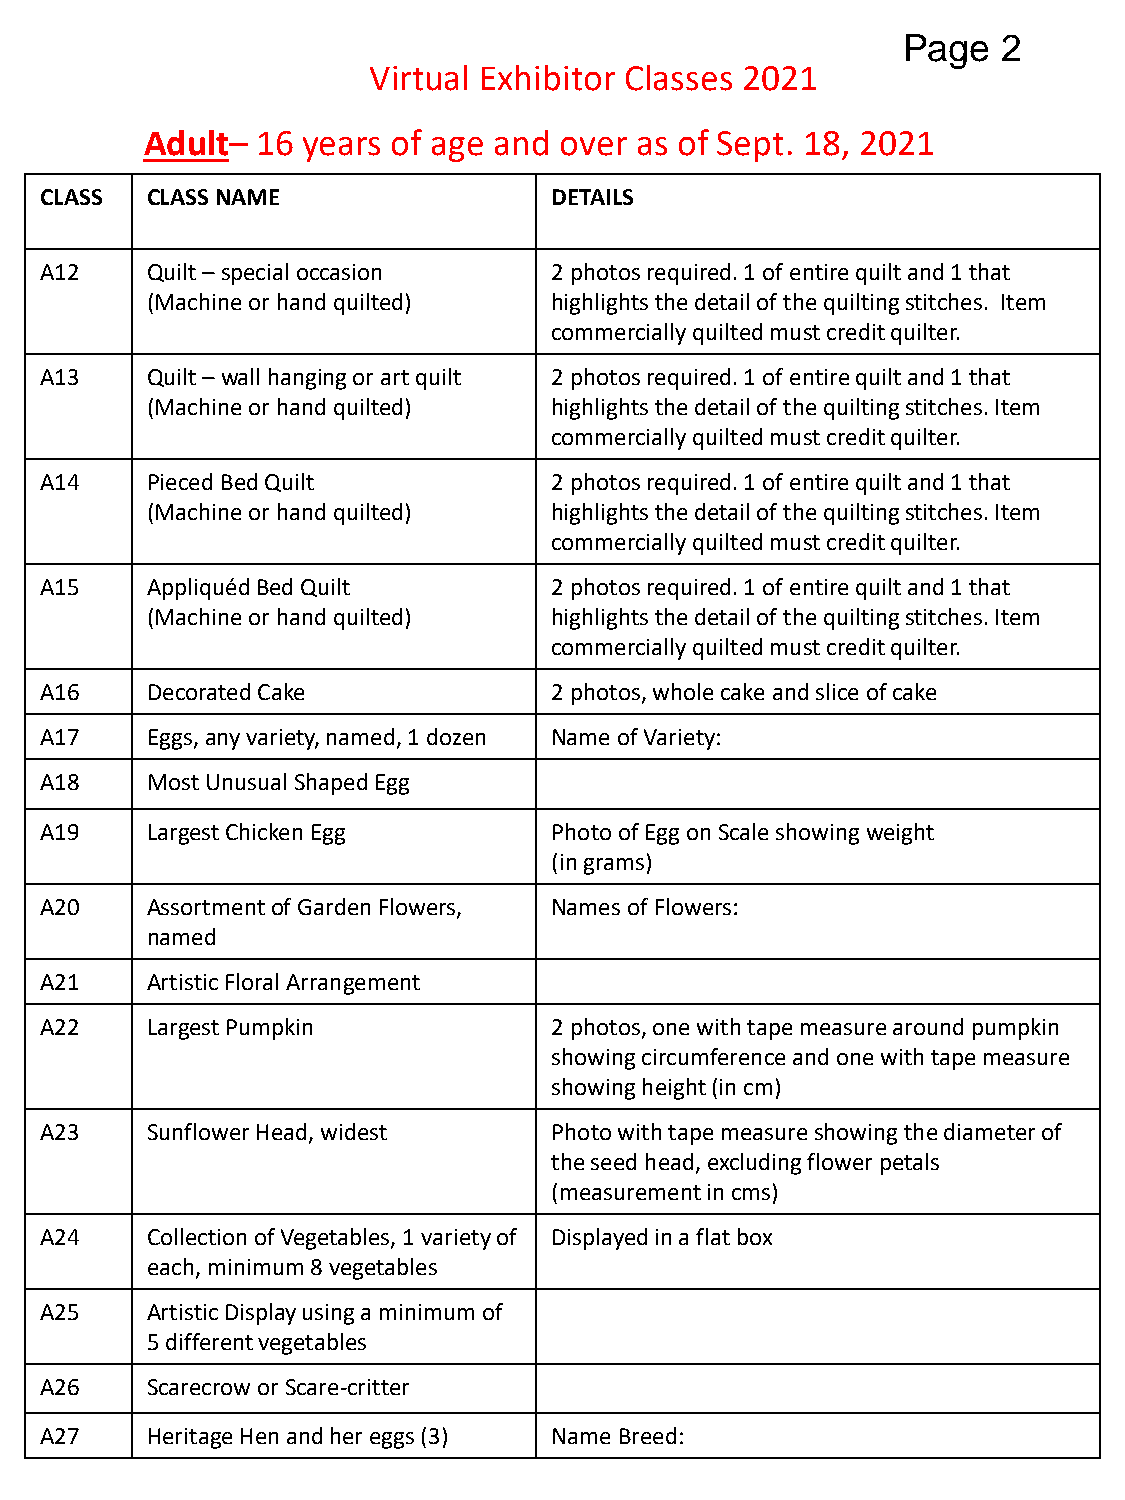
Page  2
 Virtual Exhibitor Classes 2021
 Adult– 16 years of age and over as of Sept. 18, 2021
 CLASS  CLASS NAME                DETAILS
 A12    Quilt – special occasion  2 photos required. 1 of entire quilt and 1 that
 (Machine or hand quilted) highlights the detail of the quilting stitches. Item
 commercially quilted must credit quilter.
 A13    Quilt – wall hanging or art quilt 2 photos required. 1 of entire quilt and 1 that
 (Machine or hand quilted) highlights the detail of the quilting stitches. Item
 commercially quilted must credit quilter.
 A14    Pieced Bed Quilt          2 photos required. 1 of entire quilt and 1 that
 (Machine or hand quilted) highlights the detail of the quilting stitches. Item
 commercially quilted must credit quilter.
 A15    Appliquéd Bed Quilt       2 photos required. 1 of entire quilt and 1 that
 (Machine or hand quilted) highlights the detail of the quilting stitches. Item
 commercially quilted must credit quilter.
 A16    Decorated Cake            2 photos, whole cake and slice of cake
 A17    Eggs, any variety, named, 1 dozen Name of Variety:
 A18    Most Unusual Shaped Egg
 A19    Largest Chicken Egg       Photo of Egg on Scale showing weight
 (in grams)
 A20    Assortment of Garden Flowers, Names of Flowers:
 named
 A21    Artistic Floral Arrangement
 A22    Largest Pumpkin           2 photos, one with tape measure around pumpkin
 showing circumference and one with tape measure
 showing height (in cm)
 A23    Sunflower Head, widest    Photo with tape measure showing the diameter of
 the seed head, excluding flower petals
 (measurement in cms)
 A24    Collection of Vegetables, 1 variety of Displayed in a flat box
 each, minimum 8 vegetables
 A25    Artistic Display using a minimum of
 5 different vegetables
 A26    Scarecrow or Scare-critter
 A27    Heritage Hen and her eggs (3) Name Breed: